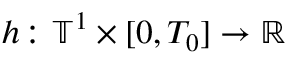
h \colon \ensuremath { \mathbb { T } } ^ { 1 } \times [ 0 , T _ { 0 } ] \to \ensuremath { \mathbb { R } }